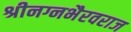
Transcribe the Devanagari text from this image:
श्रीनग्नभैरवराज